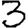
Digit: 3